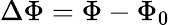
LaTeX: \Delta\Phi=\Phi-\Phi_{0}